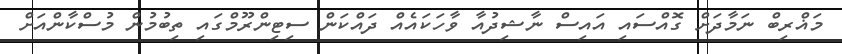
މަޣްރިބް ނަމާދަށް ގޮއްސައި އައިސް ނާޝިދުއާ ވާހަކައެއް ދައްކަން ސިޓިންރޫމްގައި ތިބުމުން މުސްކާންއަށް